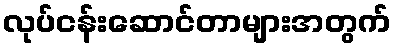
လုပ်ငန်းဆောင်တာများအတွက်